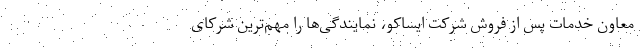
معاون خدمات پس از فروش شرکت ایساکو، نمایندگی‌ها را مهم‌ترین شرکای